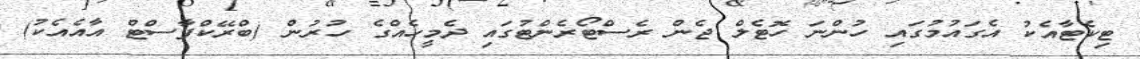
ޓިކެޓާއެކު އެގައުމުގައި ހުންނަ ހޮޓެލް ޖެން ރެސްޓޯރެންޓުގައި ދެމީހެއްގެ ހުރުން (ބްރޭކްފާސްޓް އާއެއެކު)